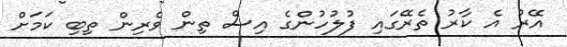
އޭރު އެ ކާރު ތެރޭގައި ފުލުހުންގެ އިސް ތިން ވެރިން ތިބި ކަމަށް